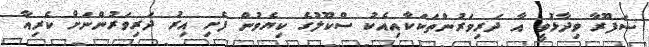
ސަފޫރާ ވިދާޅުވީ އާ ދަރިވަރުންތަކަކާއިއެކު ސްކޫލުގެ ކިޔެވުން ފެށި އިރު ދަރިވަރުންނަށް ކެރިއާ